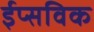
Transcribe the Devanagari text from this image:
ईप्सविक